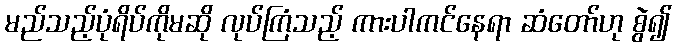
မည်သည့်ပုံရိပ်ကိုမဆို လုပ်ကြံသည့် ကားပါကင်နေရာ ဆံတော်ဟု စွဲ၍